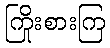
ကြိုးစားကြ